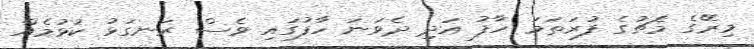
މިރޭގެ މެޗުގެ ފުރަތަމަ ހާފު އަދި ދެވަނަ ހާފުގައި ވެސް ރަނގަޅު ކުޅުމެއް